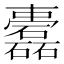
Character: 𥗤